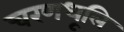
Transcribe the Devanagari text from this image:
चरणधूलि